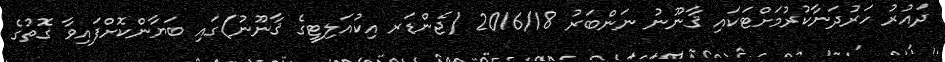
ދައުރު ހަރުދަނާކުރުމަށްޓަކައި ޤާނޫނު ނަންބަރު 2016/18 (ޖެންޑަރ އިކުއަލިޓީގެ ޤާނޫނު)ގައި ބަޔާންކޮށްފައިވާ ގޮތުގެ